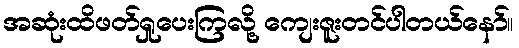
အဆုံးထိဖတ်ရှုပေးကြလို့ ကျေးဇူးတင်ပါတယ်နော်။